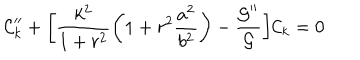
{ \cal C } _ { k } ^ { \prime \prime } + \biggl [ \frac { k ^ { 2 } } { 1 + r ^ { 2 } } \biggl ( 1 + r ^ { 2 } \frac { a ^ { 2 } } { b ^ { 2 } } \biggr ) - \frac { { \cal G } ^ { \prime \prime } } { { \cal G } } \biggr ] { \cal C } _ { k } = 0